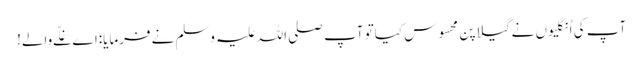
آپ کی اُنگلیوں نےگیلاپن محسوس کیاتو آپ صلی اللہ علیہ وسلم نےفرمایا:اےغلّےوالے!